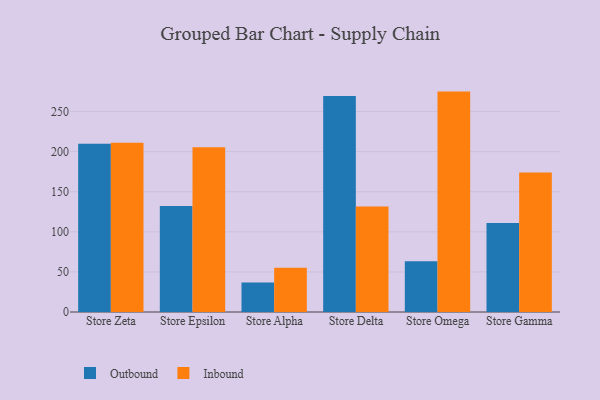
{"axis": {"x": "Store", "y": "Customer Acquisition Cost (USD)"}, "legend": ["Inbound", "Outbound"], "data": [{"x": "Store Zeta", "y": 209.8, "type": "Outbound"}, {"x": "Store Zeta", "y": 211.2, "type": "Inbound"}, {"x": "Store Epsilon", "y": 132.2, "type": "Outbound"}, {"x": "Store Epsilon", "y": 205.5, "type": "Inbound"}, {"x": "Store Alpha", "y": 36.8, "type": "Outbound"}, {"x": "Store Alpha", "y": 55.2, "type": "Inbound"}, {"x": "Store Delta", "y": 269.5, "type": "Outbound"}, {"x": "Store Delta", "y": 131.7, "type": "Inbound"}, {"x": "Store Omega", "y": 63.3, "type": "Outbound"}, {"x": "Store Omega", "y": 274.9, "type": "Inbound"}, {"x": "Store Gamma", "y": 111.1, "type": "Outbound"}, {"x": "Store Gamma", "y": 173.9, "type": "Inbound"}]}